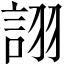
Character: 詡